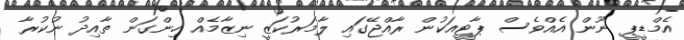
އެމްޑީޕީ ނޫން އެއްވެސް ޕާޓީއަކުން ރާއްޖޭގައި ލާމަރުކަޒީ ނިޒާމެއް ހިންގަން ތާއިދު ނުކުރާ